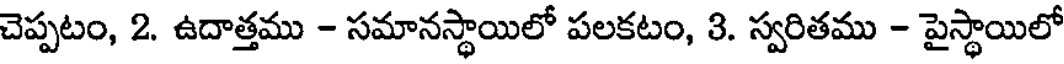
చెప్పటం, 2. ఉదాత్తము - సమానస్థాయిలో పలకటం, 3. స్వరితము - పైస్థాయిలో